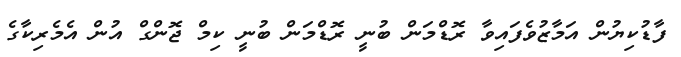
ފާޑުކިޔުން އަމާޒުވެފައިވާ ރޮޑްމަން ބުނީ ރޮޑްމަން ބުނީ ކިމް ޖޮންގް އުން އެމެރިކާގެ